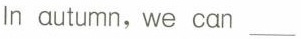
In autumn, we can___